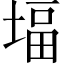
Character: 堛